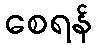
စေရန်